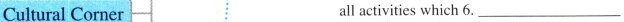
Cultural Corner all activities which 6. ___